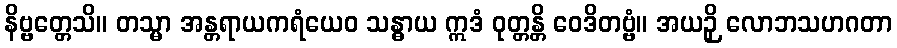
နိဗ္ဗတ္တေသိ။ တသ္မာ အန္တရာယကရံယေဝ သန္ဓာယ ဣဒံ ဝုတ္တန္တိ ဝေဒိတဗ္ဗံ။ အယဉှိ လောဘသဟဂတာ